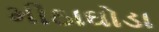
મીઠાઘોડા